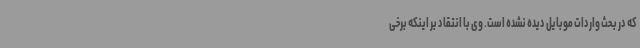
که در بحث واردات موبایل دیده نشده است. وی با انتقاد بر اینکه برخی